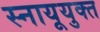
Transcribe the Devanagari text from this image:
स्नायूयुक्त